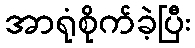
အာရုံစိုက်ခဲ့ပြီး